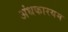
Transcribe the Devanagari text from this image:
अंधकारयम